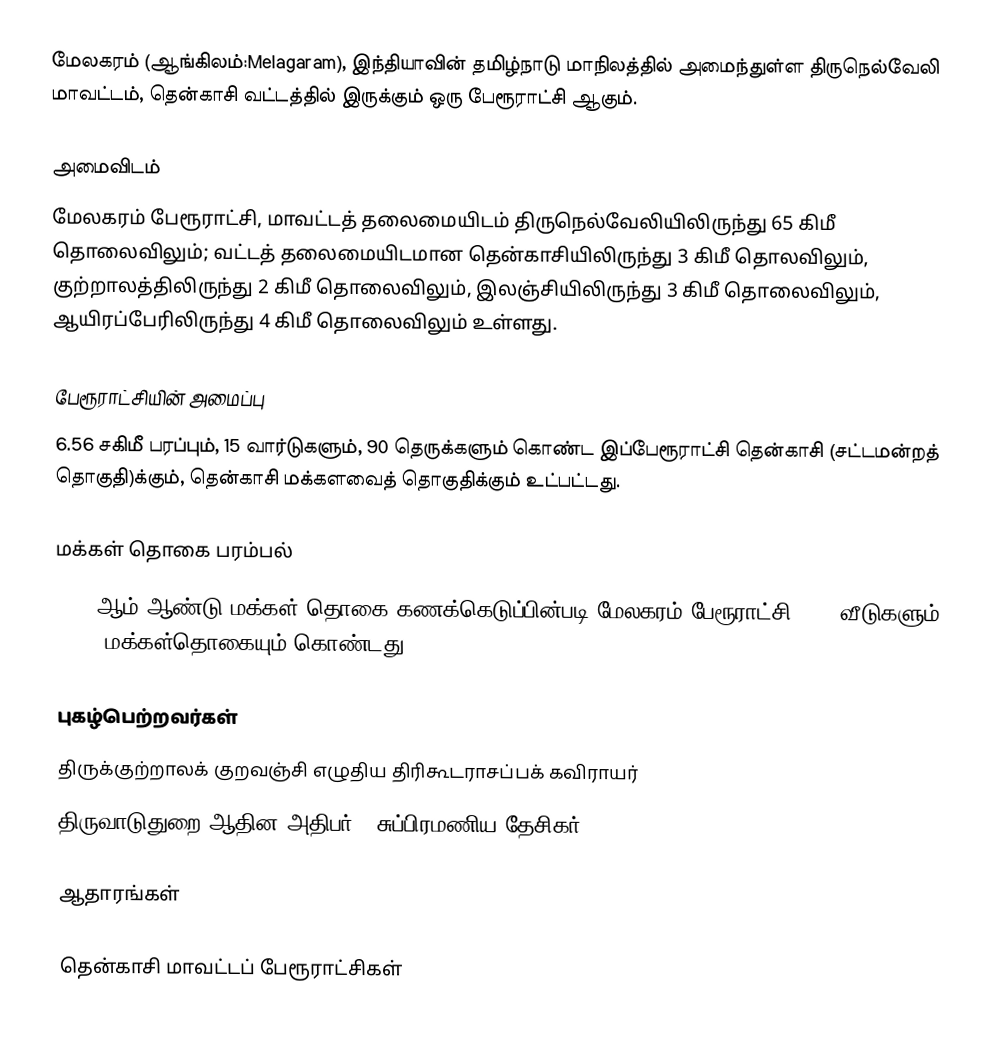
மேலகரம் (ஆங்கிலம்:Melagaram), இந்தியாவின் தமிழ்நாடு மாநிலத்தில் அமைந்துள்ள திருநெல்வேலி மாவட்டம், தென்காசி வட்டத்தில் இருக்கும் ஒரு பேரூராட்சி ஆகும்.

அமைவிடம்
மேலகரம் பேரூராட்சி, மாவட்டத் தலைமையிடம் திருநெல்வேலியிலிருந்து 65 கிமீ தொலைவிலும்; வட்டத் தலைமையிடமான தென்காசியிலிருந்து 3 கிமீ தொலவிலும், குற்றாலத்திலிருந்து 2 கிமீ தொலைவிலும்,  இலஞ்சியிலிருந்து 3 கிமீ தொலைவிலும், ஆயிரப்பேரிலிருந்து 4 கிமீ தொலைவிலும் உள்ளது.

பேரூராட்சியின் அமைப்பு
6.56 சகிமீ பரப்பும், 15 வார்டுகளும்,  90 தெருக்களும் கொண்ட இப்பேரூராட்சி  தென்காசி (சட்டமன்றத் தொகுதி)க்கும், தென்காசி மக்களவைத் தொகுதிக்கும் உட்பட்டது.

மக்கள் தொகை பரம்பல்
2011-ஆம் ஆண்டு மக்கள் தொகை கணக்கெடுப்பின்படி மேலகரம் பேரூராட்சி  5884       வீடுகளும், 14535 மக்கள்தொகையும்  கொண்டது.

புகழ்பெற்றவர்கள்
 திருக்குற்றாலக் குறவஞ்சி எழுதிய திரிகூடராசப்பக் கவிராயர்
 திருவாடுதுறை ஆதின அதிபர் -  சுப்பிரமணிய தேசிகர்

ஆதாரங்கள்

தென்காசி மாவட்டப் பேரூராட்சிகள்